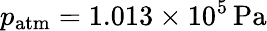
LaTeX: p_{\mathrm{atm}}=1.013\times 10^{5}\, \mathrm{Pa}